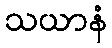
သယာနံ